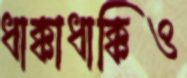
ধাক্কাধাক্কিও